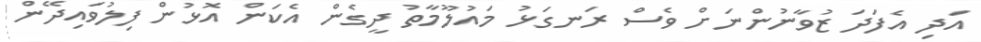
އަދި އެފަދަ ޒުވާނުންނަށް ވެސް ރަނގަޅު މައުލޫމާތު ދީގެން އެކަން އޮޅުން ފިލުވައިދޭން